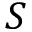
S